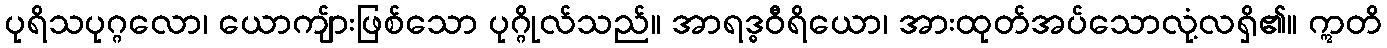
ပုရိသပုဂ္ဂလော၊ ယောကျ်ားဖြစ်သော ပုဂ္ဂိုလ်သည်။ အာရဒ္ဓဝီရိယော၊ အားထုတ်အပ်သောလုံ့လရှိ၏။ ဣတိ